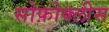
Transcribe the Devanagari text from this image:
सोफ़ोक्लीस